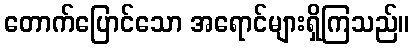
တောက်ပြောင်သော အရောင်များရှိကြသည်။